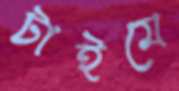
টাইমে